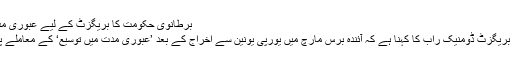
برطانوی حکومت کا بریگزٹ کے لیے عبوری مدت میں توسیع پر غور
برطانوی وزیر برائے بریگزٹ ڈومنیک راب کا کہنا ہے کہ آئندہ برس مارچ میں یورپی یونین سے اخراج کے بعد ’عبوری مدت میں توسیع‘ کے معاملے پرغور کیا جاسکتا ہے۔